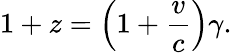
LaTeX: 1+z=\left(1+{\frac{v}{c}}\right)\gamma.